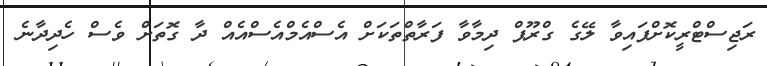
ރަޖިސްޓްރީކޮށްފައިވާ ލޭގެ ގްރޫޕް ދިމާވާ ފަރާތްތަކަށް އެސްއެމްއެސްއެއް ދާ ގޮތަށް ވެސް ހެދިދާނެ